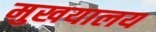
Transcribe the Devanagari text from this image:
मुखयालय